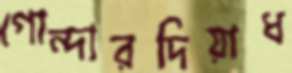
গোন্দারদিয়াধ